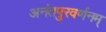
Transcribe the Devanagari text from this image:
अनंतपुरवर्णनम्